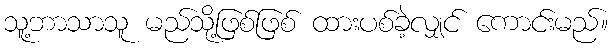
သူ့ဘာသာသူ မည်သို့ဖြစ်ဖြစ် ထားပစ်ခဲ့လျှင် ကောင်းမည်။